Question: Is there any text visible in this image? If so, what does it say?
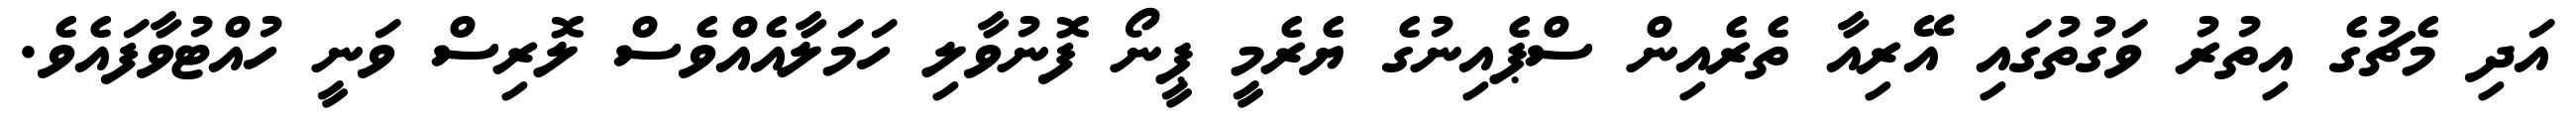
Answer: އަދި މެޗުގެ އިތުރު ވަގުތުގައި އޭރިއާ ތެރެއިން ސްޕެއިނުގެ ޔެރެމީ ޕީނޯ ފޮނުވާލި ހަމަލާއެއްވެސް ލޮރިސް ވަނީ ހުއްޓުވާފައެވެ.